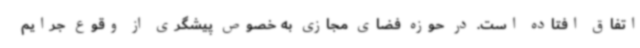
اتفاق افتاده است. در حوزه فضای مجازی به خصوص پیشگری از وقوع جرایم